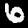
Label: 6